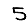
Digit: 5